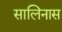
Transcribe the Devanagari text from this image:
सालिनास